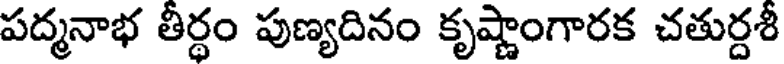
పద్మనాభ తీర్థం పుణ్యదినం కృష్ణాంగారక చతుర్దశీ